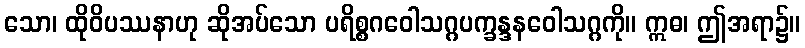
သော၊ ထိုဝိပဿနာဟု ဆိုအပ်သော ပရိစ္စဂဝေါသဂ္ဂပက္ခန္ဒနဝေါသဂ္ဂကို။ ဣဓ၊ ဤအရာ၌။